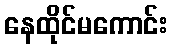
နေထိုင်မကောင်း